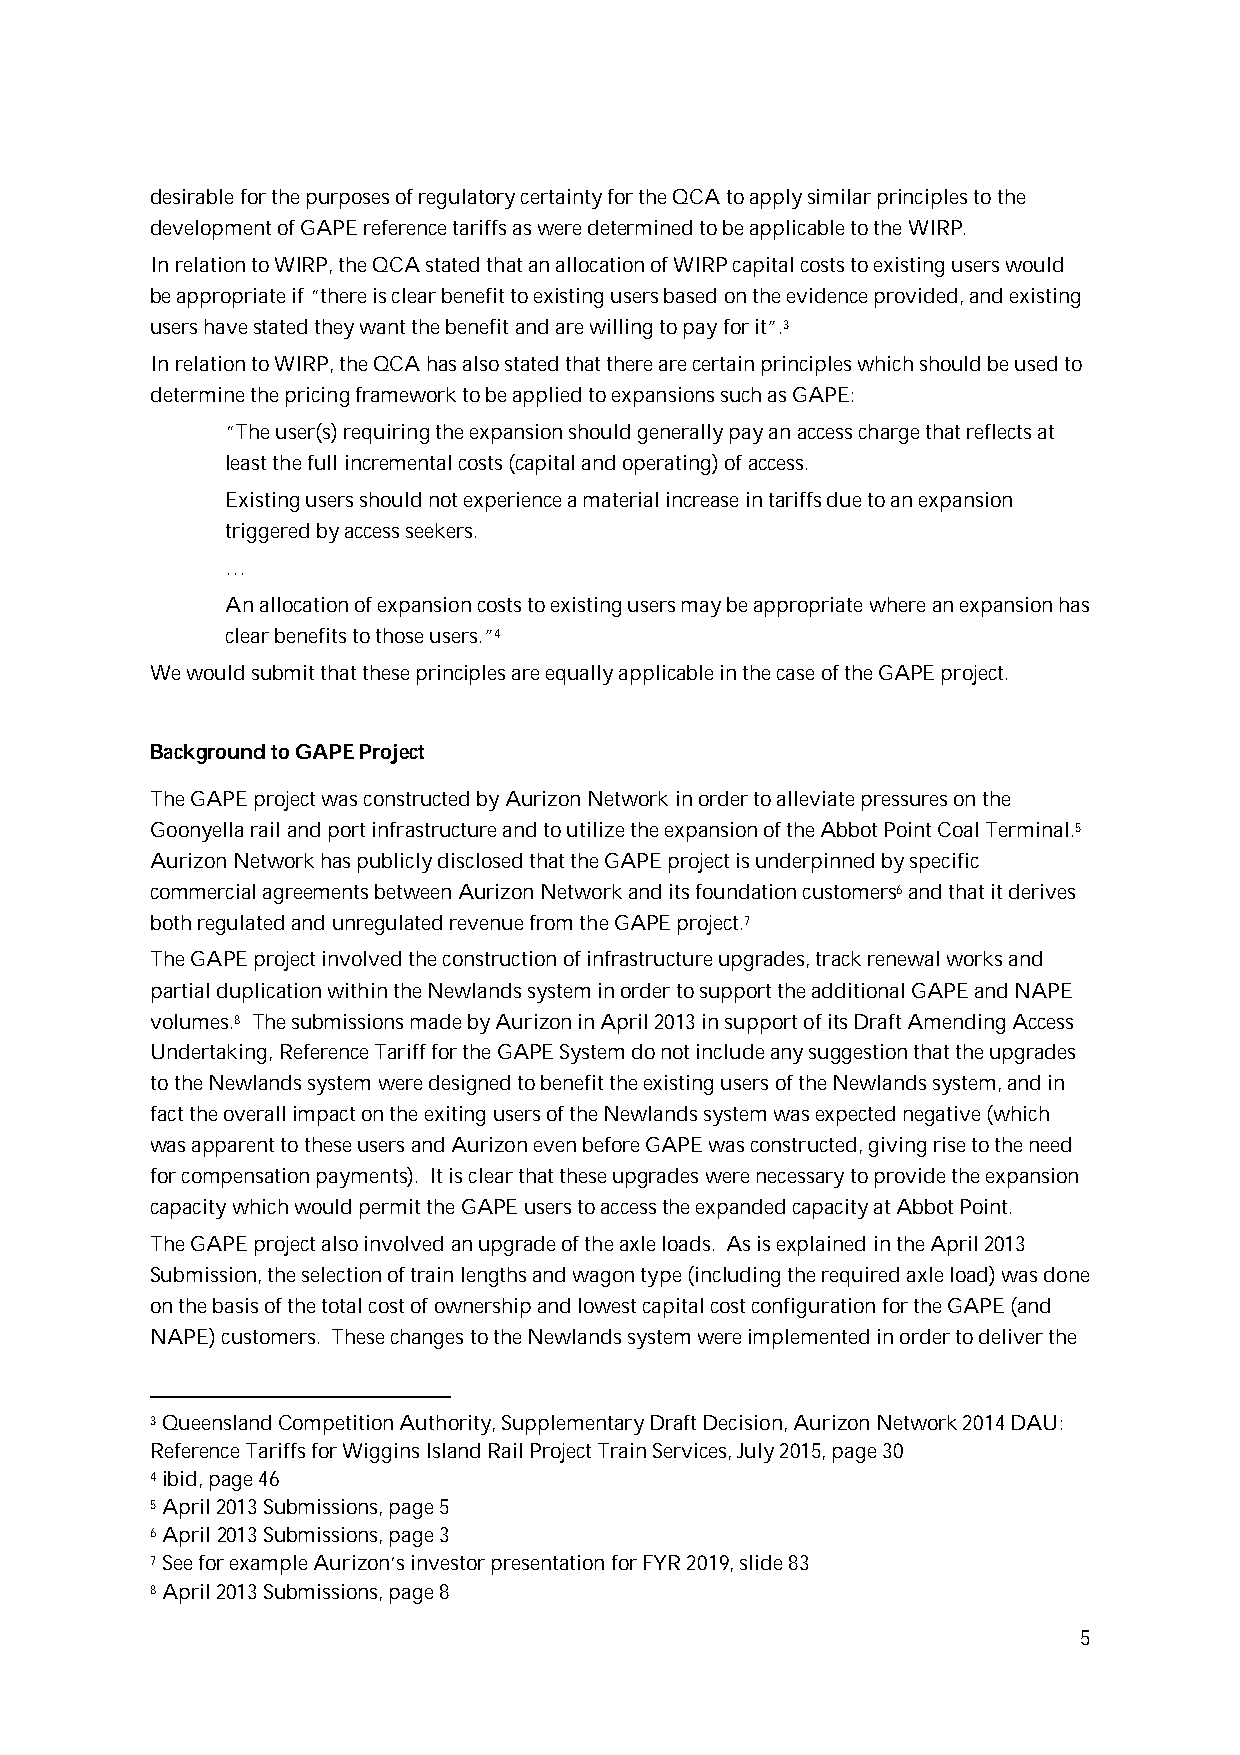
desirable for the purposes of regulatory certainty for the QCA to apply similar principles to the
 development of GAPE reference tariffs as were determined to be applicable to the WIRP.
 In relation to WIRP, the QCA stated that an allocation of WIRP capital costs to existing users would
 be appropriate if “there is clear benefit to existing users based on the evidence provided, and existing
 users have stated they want the benefit and are willing to pay for it”.3
 In relation to WIRP, the QCA has also stated that there are certain principles which should be used to
 determine the pricing framework to be applied to expansions such as GAPE:
 “The user(s) requiring the expansion should generally pay an access charge that reflects at
 least the full incremental costs (capital and operating) of access.
 Existing users should not experience a material increase in tariffs due to an expansion
 triggered by access seekers.
 …
 An allocation of expansion costs to existing users may be appropriate where an expansion has
 clear benefits to those users.”4
 We would submit that these principles are equally applicable in the case of the GAPE project.
 Background to GAPE Project
 The GAPE project was constructed by Aurizon Network in order to alleviate pressures on the
 Goonyella rail and port infrastructure and to utilize the expansion of the Abbot Point Coal Terminal.5
 Aurizon Network has publicly disclosed that the GAPE project is underpinned by specific
 commercial agreements between Aurizon Network and its foundation customers6 and that it derives
 both regulated and unregulated revenue from the GAPE project.7
 The GAPE project involved the construction of infrastructure upgrades, track renewal works and
 partial duplication within the Newlands system in order to support the additional GAPE and NAPE
 volumes.8 The submissions made by Aurizon in April 2013 in support of its Draft Amending Access
 Undertaking, Reference Tariff for the GAPE System do not include any suggestion that the upgrades
 to the Newlands system were designed to benefit the existing users of the Newlands system, and in
 fact the overall impact on the exiting users of the Newlands system was expected negative (which
 was apparent to these users and Aurizon even before GAPE was constructed, giving rise to the need
 for compensation payments). It is clear that these upgrades were necessary to provide the expansion
 capacity which would permit the GAPE users to access the expanded capacity at Abbot Point.
 The GAPE project also involved an upgrade of the axle loads. As is explained in the April 2013
 Submission, the selection of train lengths and wagon type (including the required axle load) was done
 on the basis of the total cost of ownership and lowest capital cost configuration for the GAPE (and
 NAPE) customers. These changes to the Newlands system were implemented in order to deliver the
 3 Queensland Competition Authority, Supplementary Draft Decision, Aurizon Network 2014 DAU:
 Reference Tariffs for Wiggins Island Rail Project Train Services, July 2015, page 30
 4 ibid, page 46
 5 April 2013 Submissions, page 5
 6 April 2013 Submissions, page 3
 7 See for example Aurizon’s investor presentation for FYR 2019, slide 83
 8 April 2013 Submissions, page 8
 5